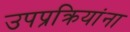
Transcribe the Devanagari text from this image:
उपप्रक्रियांना